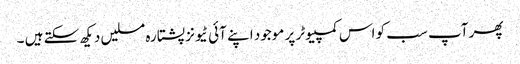
پھر آپ سب کو اس کمپیوٹر پر موجود اپنے آئی ٹیونز پشتارہ مسلیں دیکھ سکتے ہیں ۔